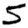
Digit: 5